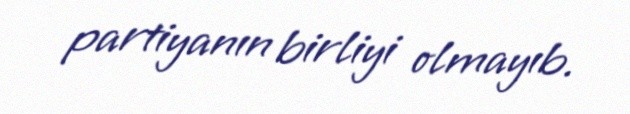
partiyanın birliyi olmayıb.